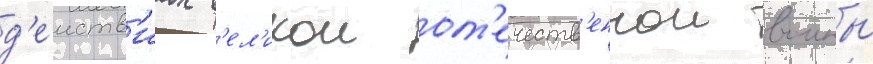
д'еиств'иах в'ел'икои от'ечеств'еннои воины